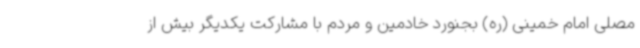
مصلی امام خمینی (ره) بجنورد خادمین و مردم با مشارکت یکدیگر بیش از